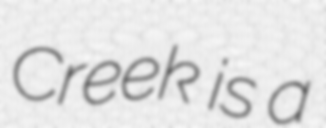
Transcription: Creek is a